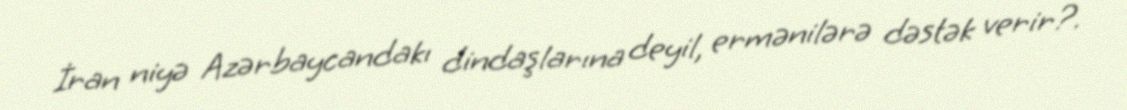
İran niyə Azərbaycandakı dindaşlarına deyil, ermənilərə dəstək verir?.